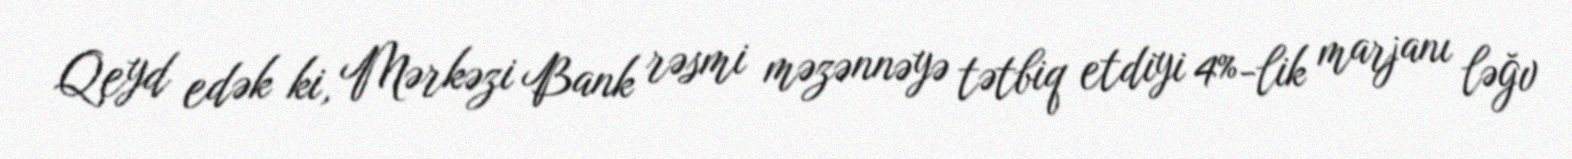
Qeyd edək ki, Mərkəzi Bank rəsmi məzənnəyə tətbiq etdiyi 4%-lik marjanı ləğv